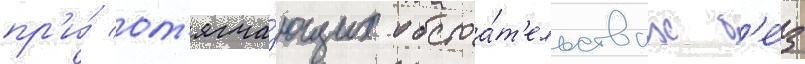
пр'и́ от'ягча́ющих обстоа́т'ельствах б'е́з